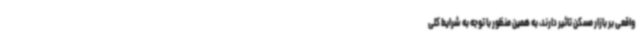
واقعی بر بازار مسکن تاثیر دارند، به همین منظور با توجه به شرایط کلی